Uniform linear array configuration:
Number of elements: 64
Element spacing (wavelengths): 1
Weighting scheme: hamming
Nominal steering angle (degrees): -60
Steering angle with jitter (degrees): -58.718
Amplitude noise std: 0.05
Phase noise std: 0.05

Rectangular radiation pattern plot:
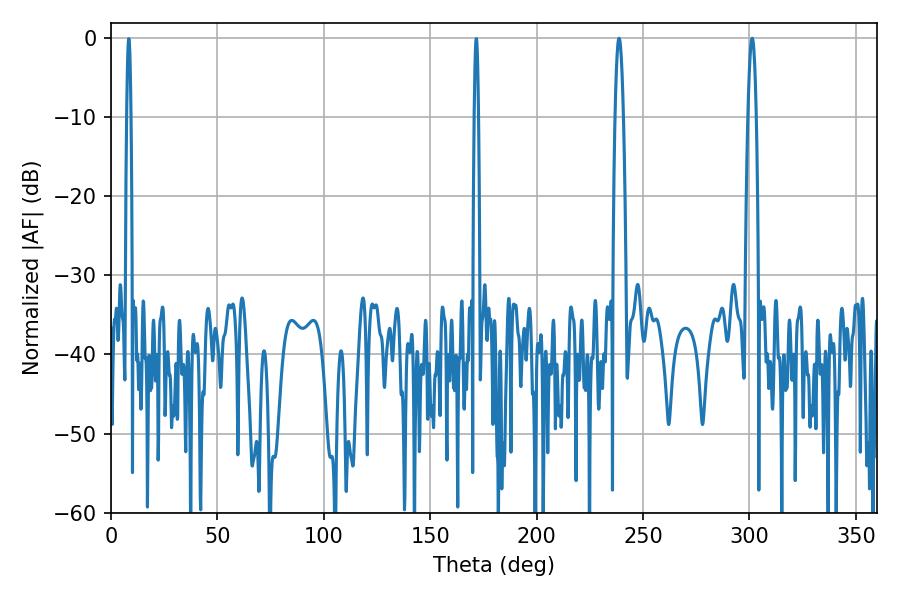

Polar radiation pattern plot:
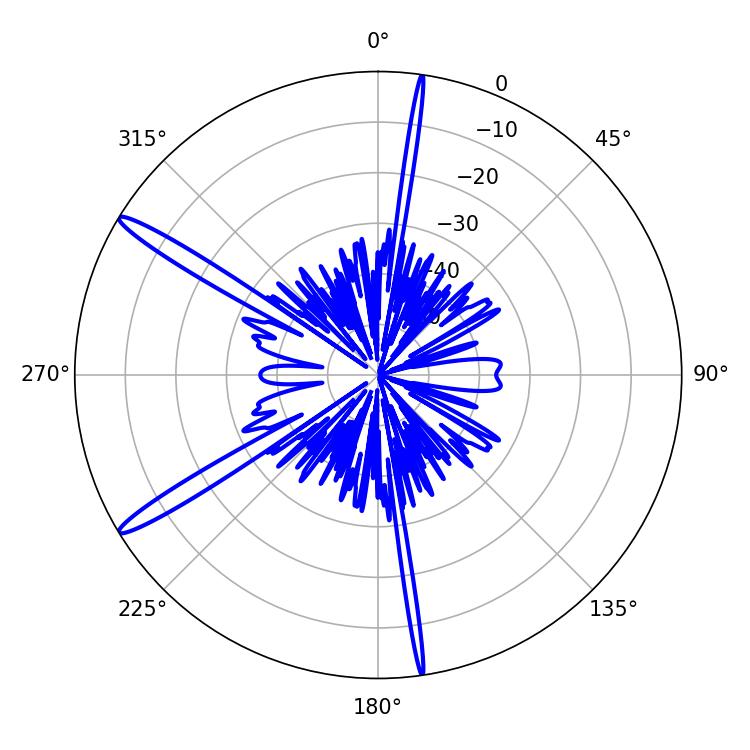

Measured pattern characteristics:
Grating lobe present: TRUE
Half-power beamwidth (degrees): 1.98
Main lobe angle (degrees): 238.68